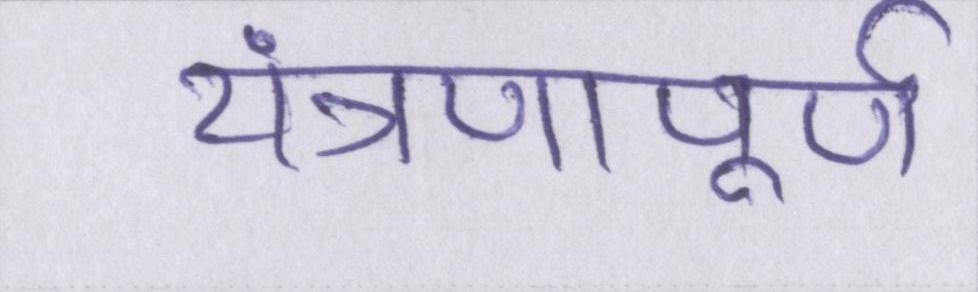
यंत्रणापूर्ण